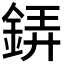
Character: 𲇎